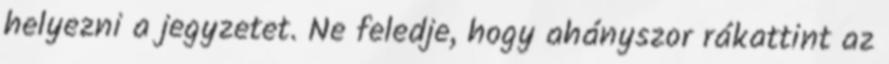
helyezni a jegyzetet. Ne feledje, hogy ahányszor rákattint az